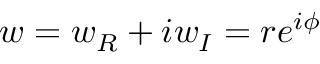
w = w _ { R } + i w _ { I } = r e ^ { i \phi }